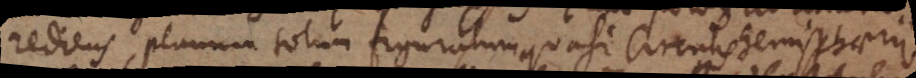
rediens, planum totum figuratum quasi circulis hemisphaerii